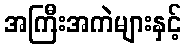
အကြီးအကဲများနှင့်